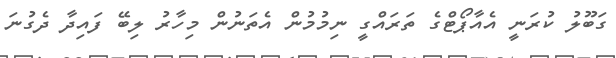
ގަބޫލު ކުރަނީ އެއާޕޯޓްގެ ތަރައްގީ ނިމުމުން އެތަނުން މިހާރު ލިބޭ ފައިދާ ދެގުނަ